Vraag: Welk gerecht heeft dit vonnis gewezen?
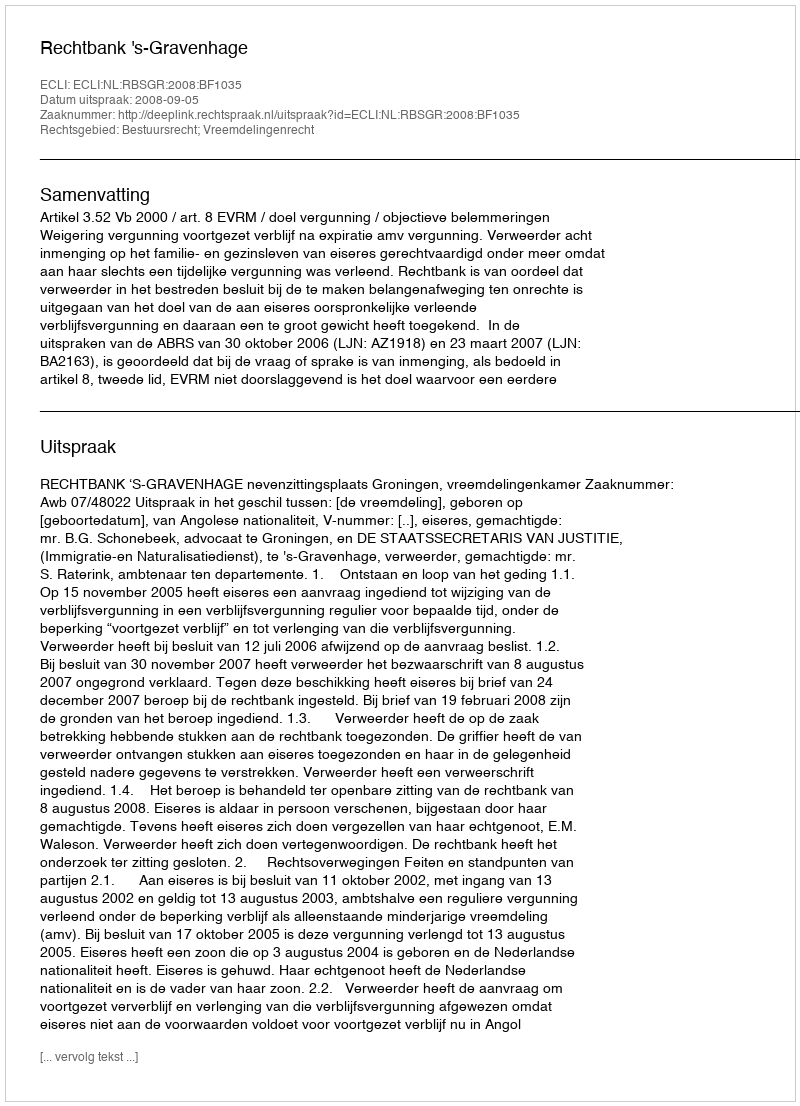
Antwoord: Rechtbank 's-Gravenhage